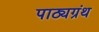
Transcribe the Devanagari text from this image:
पाठ्यग्रंथ